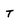
Character: T